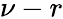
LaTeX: \nu-r